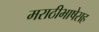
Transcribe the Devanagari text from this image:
मराठीभाषेसह